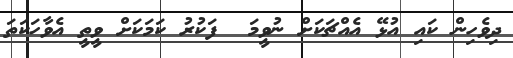
ދިވެހިން ކައި އުޅޭ އެއްޗަކަށް ނުވީމަ  ފަކުރު ކަމަކަށް ވީތީ އެވާހަކަތަ